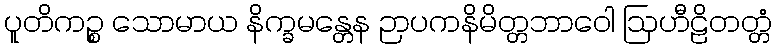
ပူတိကဉ္စ သောမာယ နိက္ခမန္တေန ဉာပကနိမိတ္တဘာဝေါ ဩဟီဠိတတ္တံ